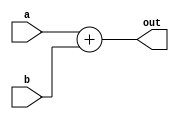
`timescale 1ns / 1ps
//////////////////////////////////////////////////////////////////////////////////
// Company: 
// Engineer: 
// 
// Design Name: 
// Module Name: Adder
// Project Name: 
// Target Devices: 
// Tool Versions: 
// Description: 
// 
// Dependencies: 
// 
// Revision:
// Revision 0.01 - File Created
// Additional Comments:
// 
//////////////////////////////////////////////////////////////////////////////////


module Adder
(
    input [63:0] a,b,
    output reg [63:0] out
);
always @ (a or b)
    out = a + b;
    
endmodule